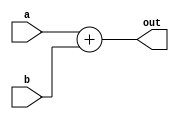
`timescale 1ns / 1ps
//////////////////////////////////////////////////////////////////////////////////
// Company: 
// Engineer: 
// 
// Design Name: 
// Module Name: Adder
// Project Name: 
// Target Devices: 
// Tool Versions: 
// Description: 
// 
// Dependencies: 
// 
// Revision:
// Revision 0.01 - File Created
// Additional Comments:
// 
//////////////////////////////////////////////////////////////////////////////////


module Adder
(
    input [63:0] a,b,
    output reg [63:0] out
);
always @ (a or b)
    out = a + b;
    
endmodule